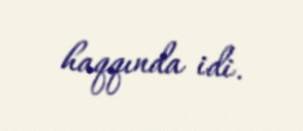
haqqında idi.